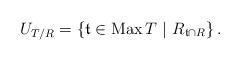
LaTeX: \begin{align*} U_{T/R} = \left\{ \mathfrak{t} \in \operatorname{Max}T \ | \ R_{\mathfrak{t} \cap R} \right\}.\end{align*}